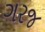
ગરજ